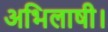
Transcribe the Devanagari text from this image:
अभिलाषी।